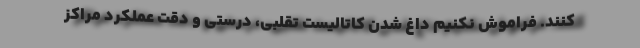
کنند. فراموش نکنیم داغ شدن کاتالیست تقلبی، درستی و دقت عملکرد مراکز